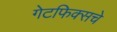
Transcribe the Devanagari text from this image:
गेटफिक्सचे